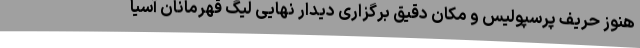
هنوز حریف پرسپولیس و مکان دقیق برگزاری دیدار نهایی لیگ قهرمانان آسیا